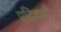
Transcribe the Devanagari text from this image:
प्रदिवादी